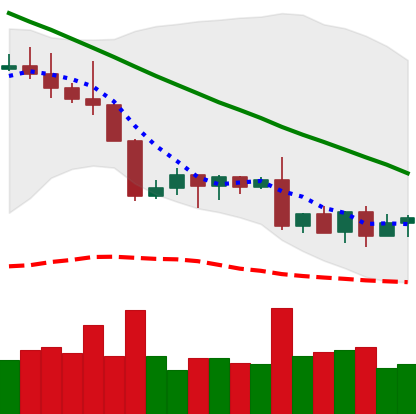
Ticker: XLM-USD
Chart end date: 2022-09-01
Forward return: -4.805%
Label: down_3_5